Report on vaccination in Madras 1922-1929 - 1922-1929
Year: 1922
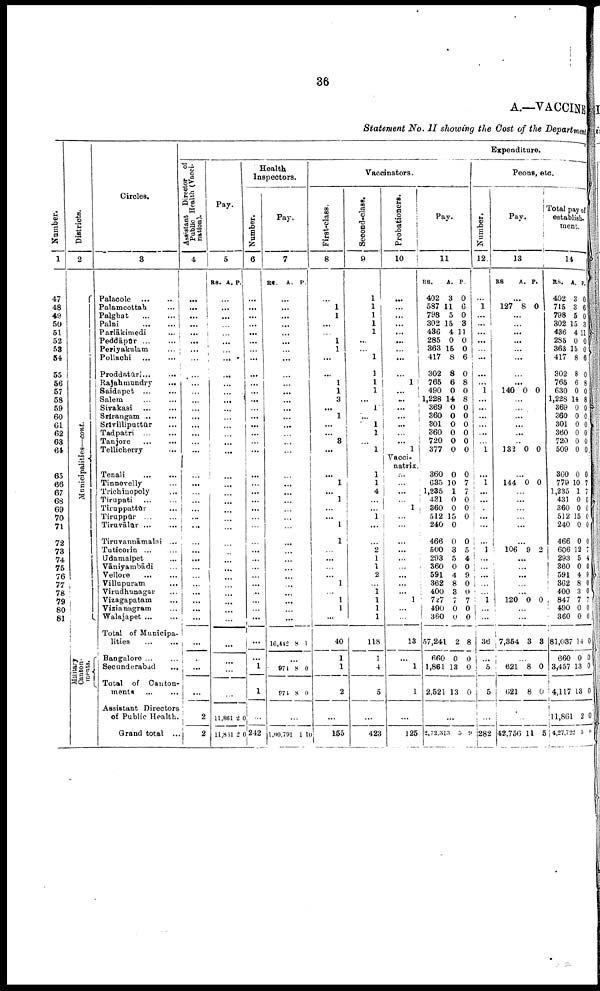
36
A.—VACCINE
Statement No. II showing the Cost of the Department
Number.
1
47
48
49
50
51
52
53
54
55
56
57
58
59
60
61
62
63
64
65
66
67
68
69
70
71
7ft
78
74
75
76
77
78
79
80
81
Districts.
2
Municipalities—cont.
Military
Canton
ments.
Circles.
3
Palacole ... ...
Palamcottah ...
Palgbat
...
...
Palni
...
...
Parlākimedi ...
Peddāpūr ... ...
Periyakulam ...
Pollachi
...
...
Proddatūri ...
...
Rajahmundry
...
Saidapet ... ...
Salem
...
...
Sivakasi
...
...
Srīrangam
... ...
Srīvilliputtūr ...
Tadpatri
...
...
Tanjore
...
...
Tellicherry ...
Tenali
...
...
Tinnevelly ...
Trichinopoly ...
Tirupati
...
...
Tirnppattūr ...
Tiruppūr
...
...
Tiruvālūr ... ...
Tiruvannāmalai ...
Tuticorin ... ...
Udamalpet ...
Vāniyambādi ...
Vellore
...
...
Villapuram ...
Virudhunagar ...
Vizagapatam ...
Vizianagram ...
Walajapet ... ...
Total of Municipa¬
lities ... ...
Bangalore ... ...
Secunderabad ...
Total of Canton
ments
Assistant Directors
of Public Health.
Grand total ...
Expenditure.
Assistant Director of
Public Health (Vacci
nation).
4
...
...
...
...
...
...
...
...
...
...
...
...
...
...
...
...
...
...
...
...
...
...
...
...
...
...
...
...
...
...
...
...
...
...
...
...
...
...
...
2
2
Pay.
5
RS.
A. P.
...
...
...
...
...
...
...
...
...
...
...
...
...
...
...
...
...
...
...
...
...
...
...
...
...
...
...
...
...
...
...
...
...
...
...
...
...
...
...
11,861
11,861
2
2
0
0
Health
Inspectors.
Number.
6
...
...
...
...
...
...
...
...
...
...
...
...
...
...
...
...
...
...
...
...
...
...
...
...
...
...
...
...
...
...
...
...
...
...
...
...
...
1
1
...
242
Pay.
7
RS. A. P.
...
...
...
...
...
...
...
...
...
...
...
...
...
...
...
...
...
...
...
...
...
...
...
...
...
...
...
...
...
...
...
...
...
...
...
16,442 8 1
...
974
974
8
8
0
0
...
1,00,791 1 10
Vaccinators.
First-class.
8
...
1
1
...
...
1
1
...
...
1
1
3
...
1
...
...
3
...
...
1
...
1
...
...
1
1
...
...
...
...
1
...
1
1
...
40
1
1
2
...
155
Second-class.
9
1
1
1
1
1
...
...
1
1
1
1
...
1
...
1
1
...
1
1
1
4
...
...
1
...
...
2
1
1
2
...
1
1
1
11
118
1
4
5
...
423
Probationers.
10
...
...
...
...
...
...
...
...
...
1
...
...
...
...
...
...
...
1
Vacci¬
natrix.
...
...
...
...
1
...
...
...
...
...
...
...
...
... 1
...
...
13
...
1
1
...
125
Pay.
11
RS.
402
587
798
302
436
285
363
417
302
765
490
1,228
369
360
301
360
720
377
360
635
1,235
431
360
512
240
466
500
293
360
591
362
400
727
490
360
57,241
660
1,861
2,521
A.
3
11
5
15
4
0
15
8
8
6
0
14
0
0
0
0
0
0
0
10
1
0
0
15
0
0
3
5
0
4
8
3
7
0
0
2
0
13
13
P.
0
6
0
3
11
0
0
6
0
8
0
8
0
0
0
0
0
0
0
7
7
0
0
0
0
5
4
0
9
0
0
7
0 0
8
0
0
0
...
2,72,313 5 9
Peons, etc.
Number.
12
...
1
...
...
...
...
...
...
...
...
1
...
...
...
...
...
...
1
...
1
...
...
...
...
...
...
1
...
...
...
...
...
1
...
...
36
...
5
5
...
282
Pay.
13
RS
A. P.
...
127 8 0
...
...
...
...
...
...
...
...
140 0 0
...
...
...
...
...
...
132 0 0
...
144 0 0
...
...
...
...
...
...
106 9 2
...
...
...
...
...
120 0 0
...
...
7,354 3 3
...
621
621
8
8
0
0
...
42,756 11 5
Total pay of
establish¬
ment.
14
RS.
402
715
798
302
436
285
363
417
302
765
630
1,228
369
360
301
360
720
509
360
779
1,235
431
360
512
240
466
606
293
360
591
362
400
847
490
360
81,037
660
3,457
4,117
11,861
4,27,722
A.
3
3
5
15
4
0
15
8
8
6
0
14
0
0
0
0
0
0
0
10
1
0
0
15
0
0
12
5
0
4
8
3
7
0
0
14
0
13
13
2
5
P.
0
6
0
3
11
0
0
6
0
8
0
8
0
0
0
0
0
0
0
7
7
0
0
0
0
0
7
4
0
9
0
0 7
0
0
0
0
0
0
0
0